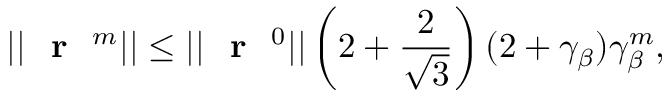
| | \textrm { \textbf { r } } ^ { m } | | \leq | | \textrm { \textbf { r } } ^ { 0 } | | \left( 2 + \frac { 2 } { \sqrt { 3 } } \right) ( 2 + \gamma _ { \beta } ) \gamma _ { \beta } ^ { m } ,